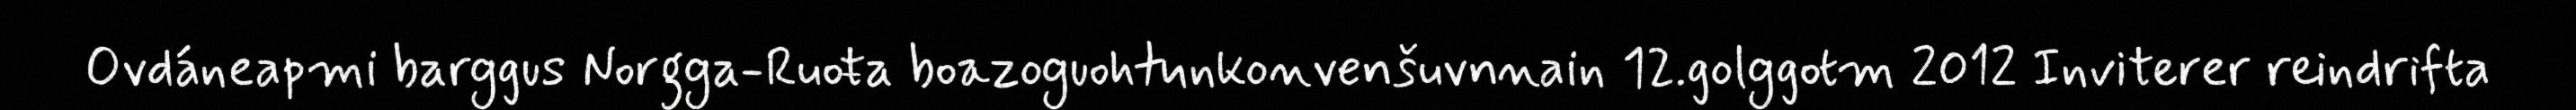
Ovdáneapmi barggus Norgga-Ruoŧa boazoguohtunkonvenšuvnnain 12.golggotm 2012 Inviterer reindrifta